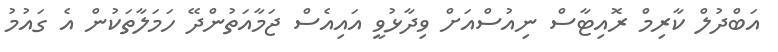
އަބްދުލް ކާރިމް ރޮއިޓާސް ނިއުސްއަށް ވިދާޅުވީ އައިއެސް ޖަމާއަތުންދޭ ހަމަލާތަކުން އެ ގައުމު